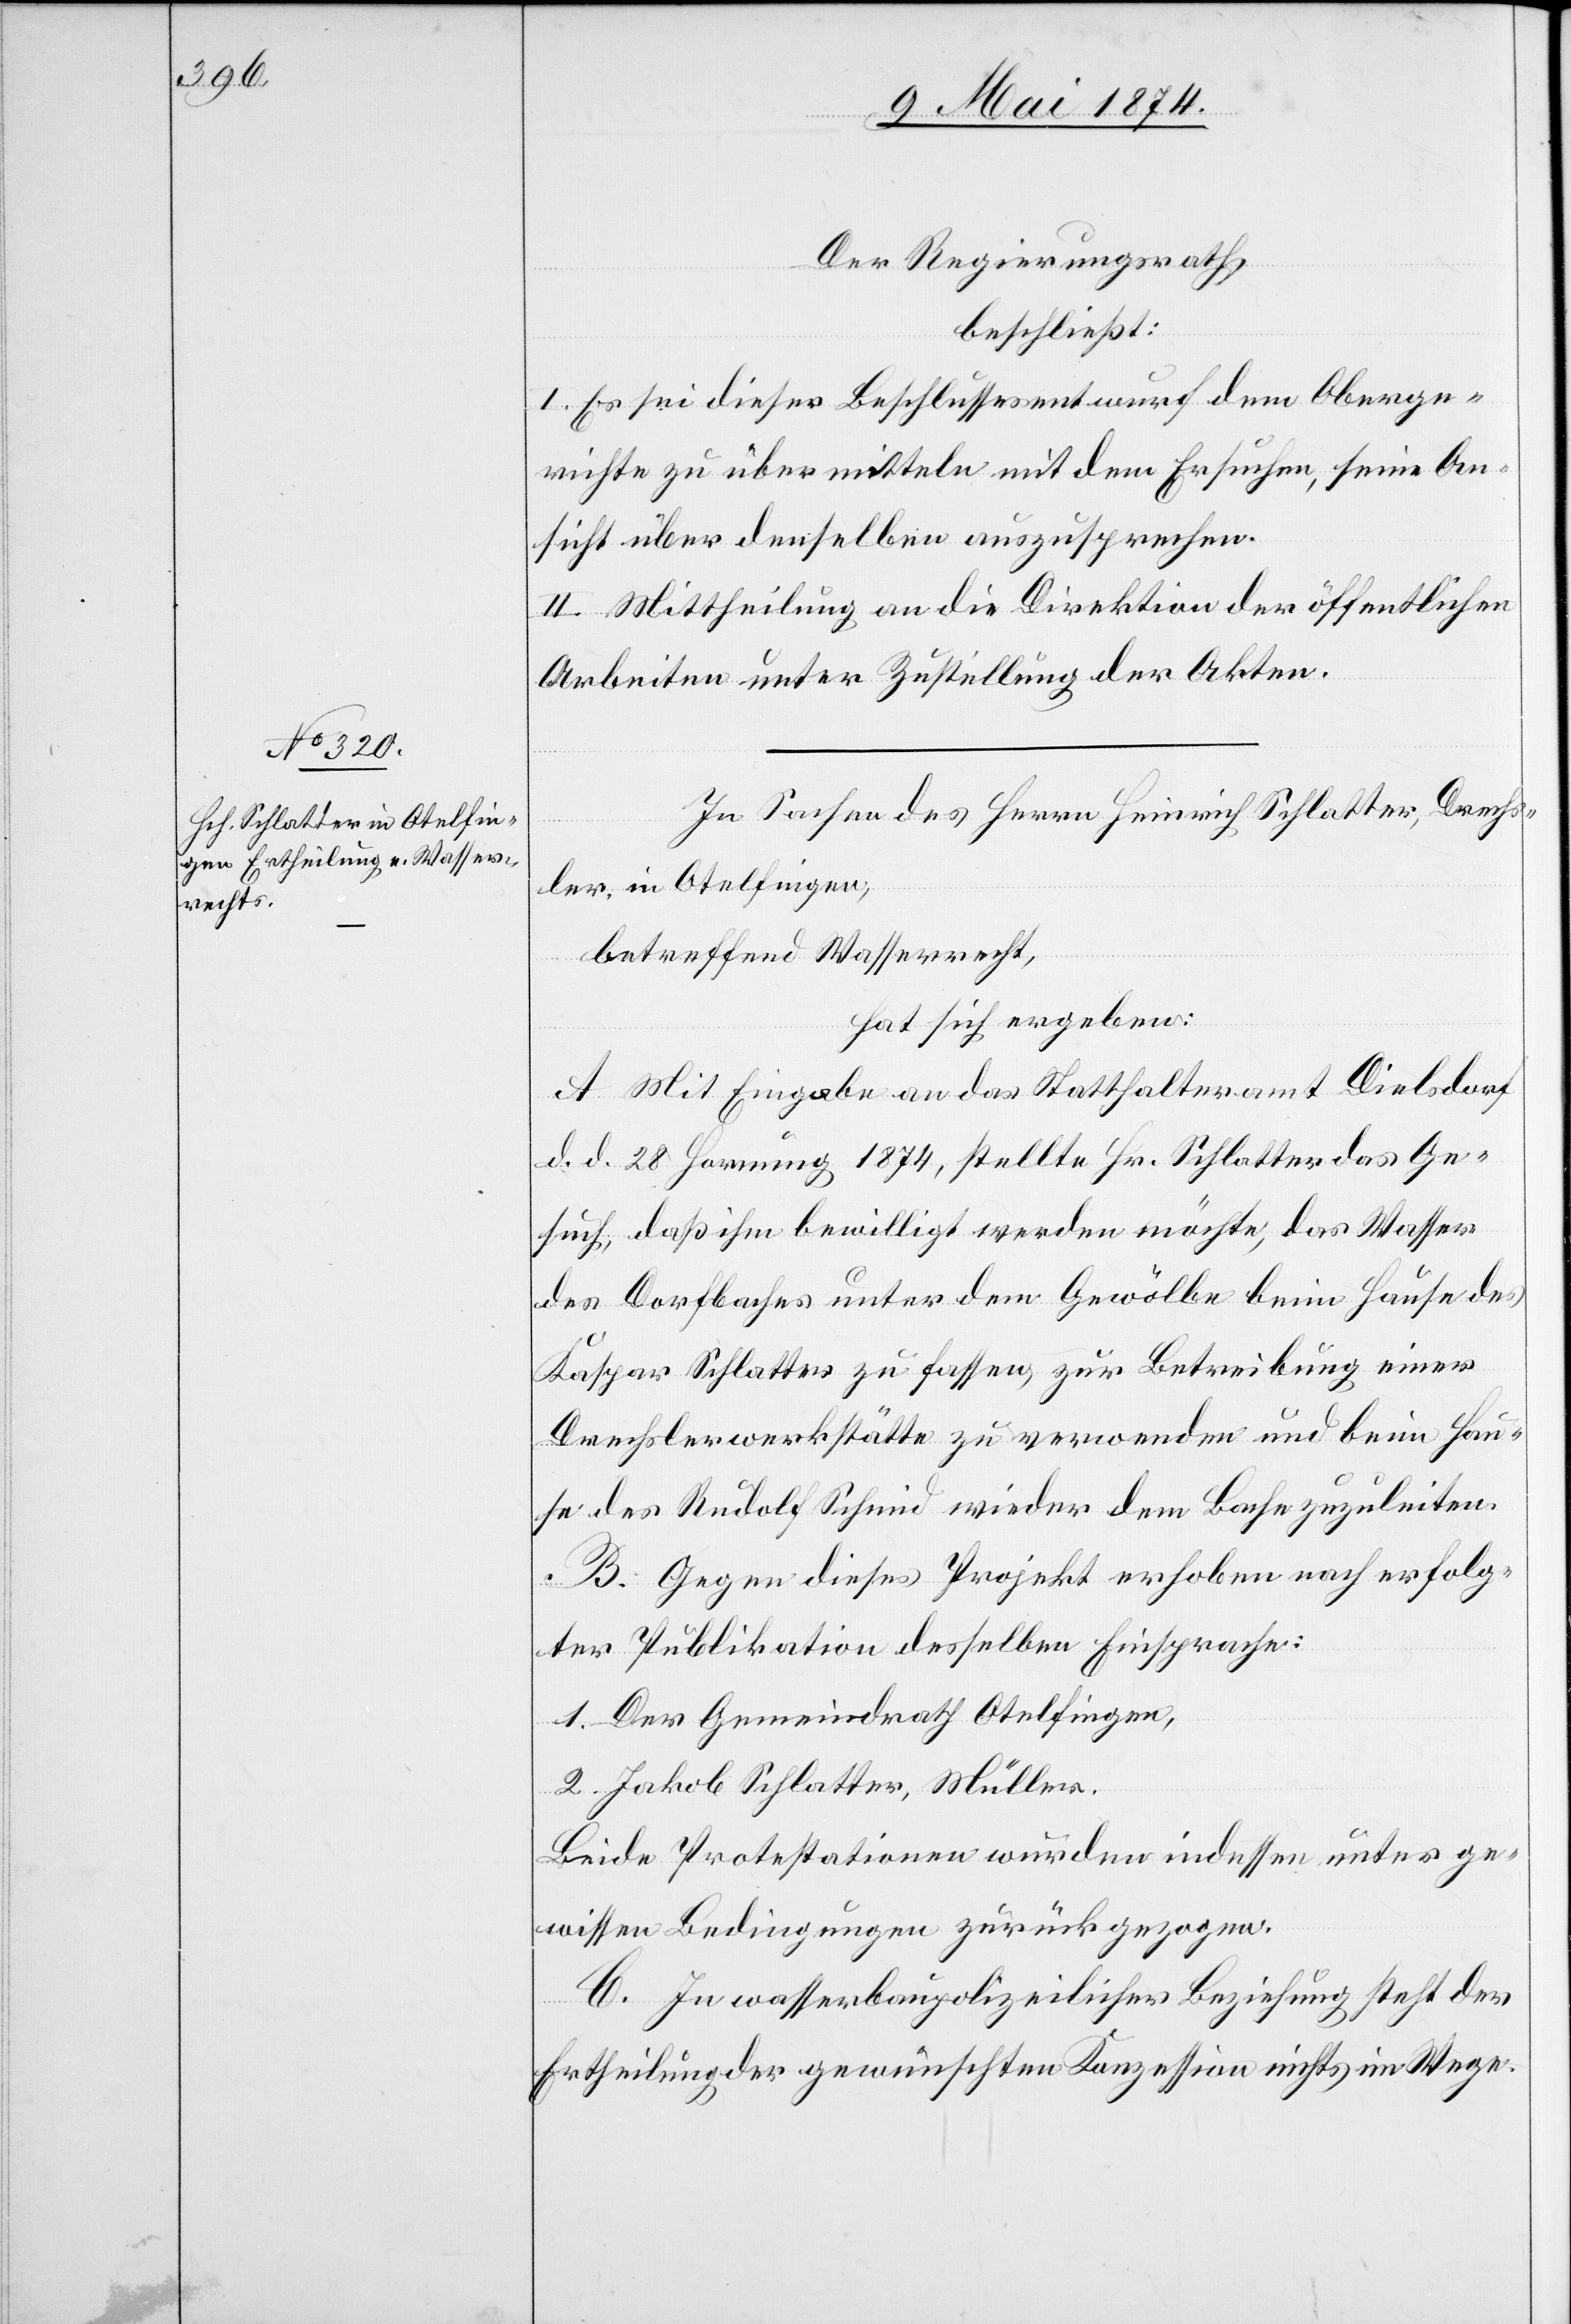
Der Regierungsrath,
beschließt:
I. Es sei dieser Beschlussesentwurf dem Oberge¬
richte zu übermitteln mit dem Ersuchen, seine An¬
sicht über denselben auszusprechen.
II. Mittheilung an die Direktion der öffentlichen
Arbeiten unter Zustellung der Akten.
In Sachen des Herrn Heinrich Schlatter, Drechs¬
ler, in Otelfingen,
betreffend Wasserrecht,
hat sich ergeben:
A. Mit Eingabe an das Statthalteramt Dielsdorf
d. d. 28. Hornung 1874, stellte Hr. Schlatter das Ge¬
such, daß ihm bewilligt werden möchte, das Wasser
des Dorfbaches unter dem Gewölbe beim Hause des
Kaspar Schlatter zu fassen, zur Betreibung einer
Drechslerwerkstätte zu verwenden und beim Hau¬
se des Rudolf Schmid wieder dem Bache zuzuleiten.
B. Gegen dieses Projekt erhoben nach erfolg¬
ter Publikation desselben Einsprache:
1. Der Gemeindrath Otelfingen.
2. Jakob Schlatter, Müller.
Beide Protestationen wurden indessen unter ge¬
wissen Bedingungen zurückgezogen.
C. In wasserbaupolizeilicher Beziehung steht der
Ertheilung der gewünschten Konzession nichts im Wege.